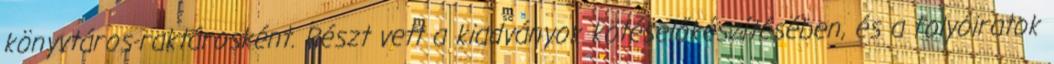
könyvtáros-raktárosként. Részt vett a kiadványok kötéselőkészítésében, és a folyóiratok